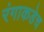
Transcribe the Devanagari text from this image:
रंगाकडेच